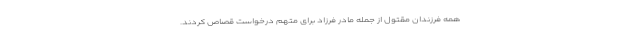
همه فرزندان مقتول از جمله مادر فرزاد برای متهم درخواست قصاص کردند.